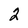
Character: 2